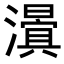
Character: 𭳃